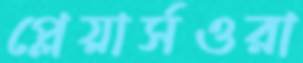
প্লেয়ার্সওরা